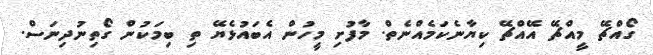
ގޯއްޗޭ މީއްޗޭ އޭއްޗޭ ކިޔާނެކަމެއްނެތް. މާފުށި މީހުން އެބައުޅެޔޭ ތި ބިމަކުން ގޯތިނުދިނަސް.